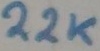
Text: 22K